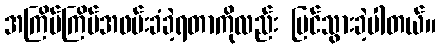
အကြိမ်ကြိမ်အဖမ်းခံခဲ့ရတာကိုလည်း မြင်သွားခဲ့ပါတယ်။